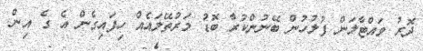
ދޮރު ވައްޓާލަން ފުލުހުން ބޭނުންކުރާ ބޮޑު މަރުތޭލައެއް ހިފައިގެން އެ ގެ އިން